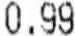
0.99